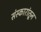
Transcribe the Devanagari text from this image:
संस्कारांतून